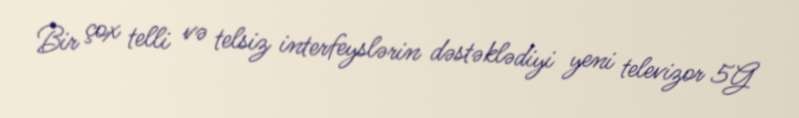
Bir çox telli və telsiz interfeyslərin dəstəklədiyi yeni televizor 5G